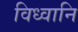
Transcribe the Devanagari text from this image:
विध्वानि